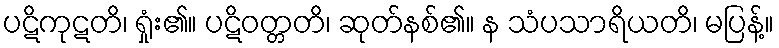
ပဋိကုဋတိ၊ ရှုံး၏။ ပဋိဝတ္တတိ၊ ဆုတ်နစ်၏။ န သံပသာရိယတိ၊ မပြန့်။